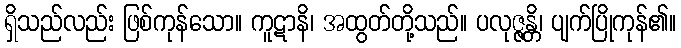
ရှိသည်လည်း ဖြစ်ကုန်သော။ ကူဋာနိ၊ အထွတ်တို့သည်။ ပလုဇ္ဇန္တိ၊ ပျက်ပြိုကုန်၏။